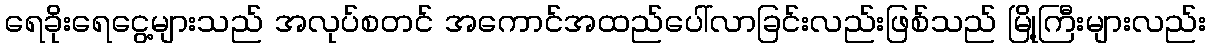
ရေခိုးရေငွေ့များသည် အလုပ်စတင် အကောင်အထည်ပေါ်လာခြင်းလည်းဖြစ်သည် မြို့ကြီးများလည်း